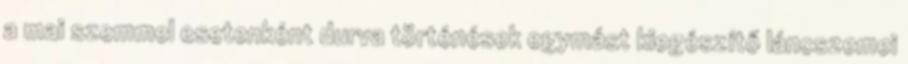
a mai szemmel esetenként durva történések egymást kiegészítő láncszemei